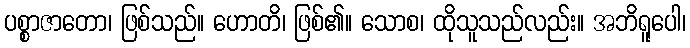
ပစ္စာဇာတော၊ ဖြစ်သည်။ ဟောတိ၊ ဖြစ်၏။ သောစ၊ ထိုသူသည်လည်း။ အဘိရူပေါ၊